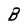
Character: B